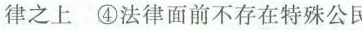
律之上④法律面前不存在特殊公民